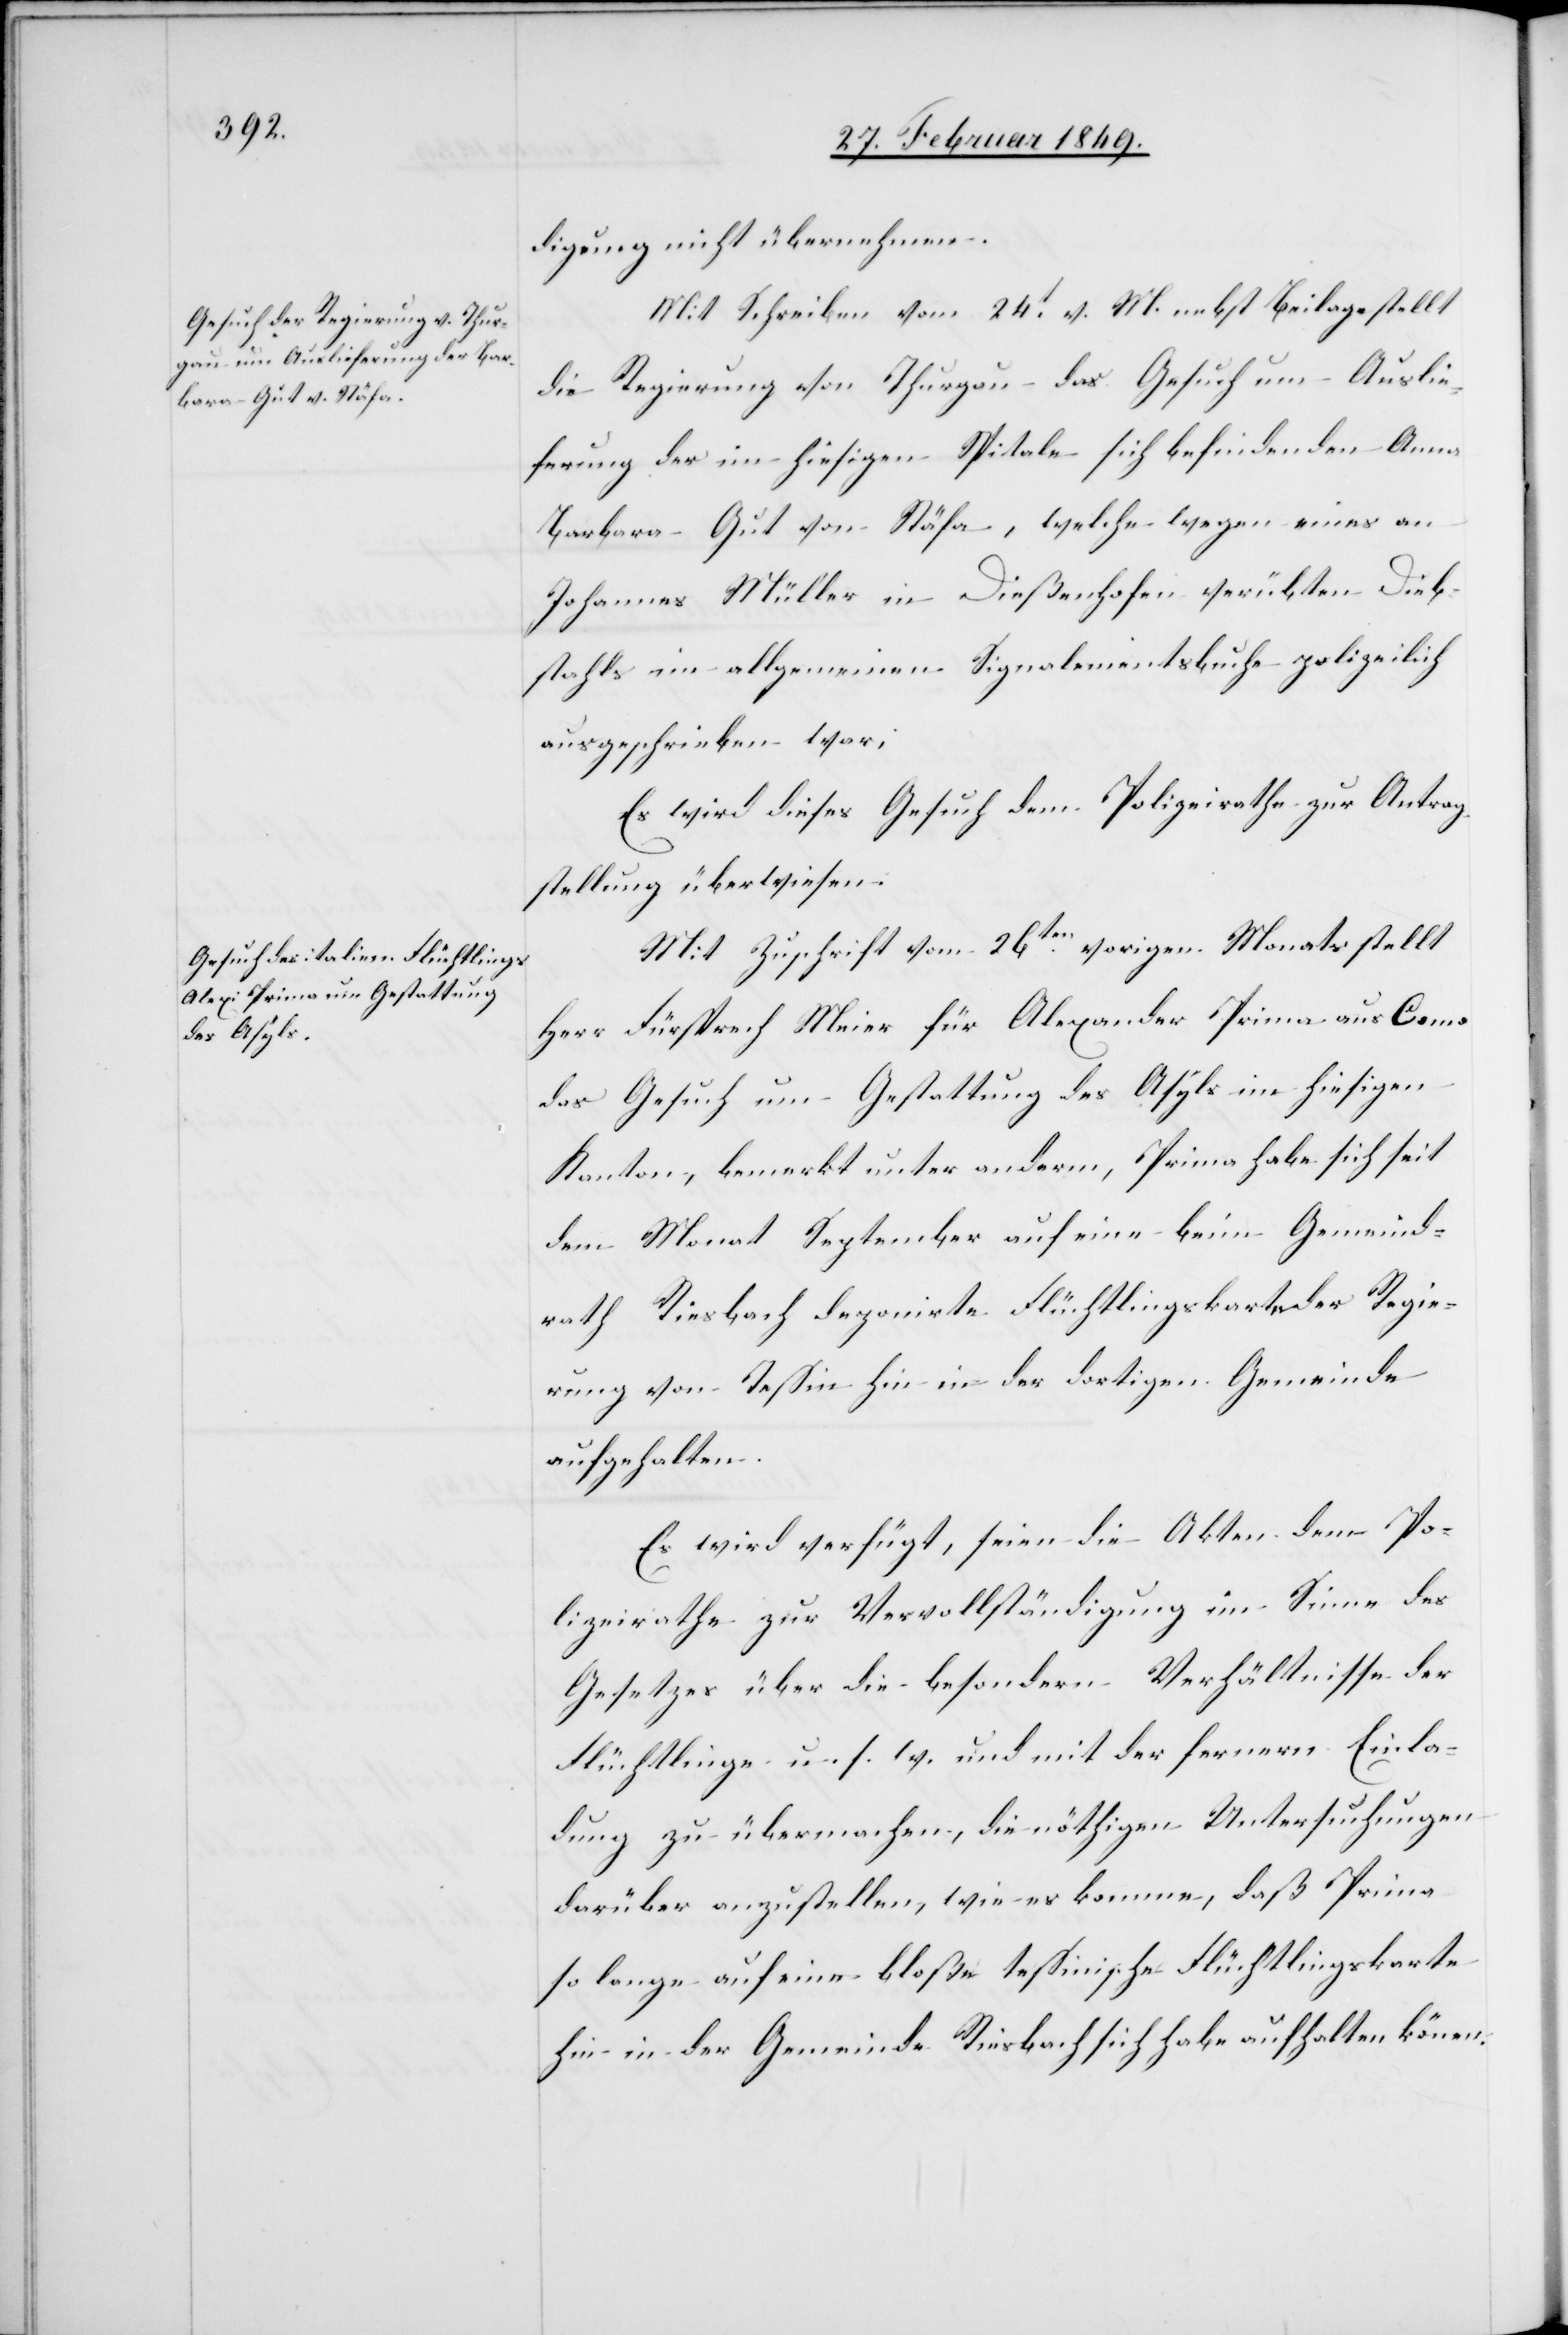
digung nicht übernehmen.
Mit Schreiben vom 24t. v. M. nebst Beilage stellt
die Regierung von Thurgau das Gesuch um Auslie¬
ferung der im hiesigen Spitale sich befindenden Anna
Barbara Gut von Stäfa, welche wegen eines an
Johannes Müller in Dießenhofen verübten Dieb¬
stahls im allgemeinen Signalementsbuche polizeilich
ausgeschrieben war;
Es wird dieses Gesuch dem Polizeirathe zur Antrag¬
stellung überwiesen.
Mit Zuschrift vom 26ten. vorigen Monats stellt
Herr Fürsprech Meier für Alexander Prima aus Como
das Gesuch um Gestattung des Asyls im hiesigen
Kanton, bemerkt unter anderm, Prima habe sich seit
dem Monat September auf eine beim Gemeind¬
rath Riesbach deponirte Flüchtlingskarte der Regie¬
rung von Tessin hin in der dortigen Gemeinde
aufgehalten.
Es wird verfügt, seien die Akten dem Po¬
lizeirathe zur Vervollständigung im Sinne des
Gesetzes über die besondern Verhältnisse der
Flüchtlinge u. s. w. und mit der fernern Einla¬
dung zu übermachen, die nöthigen Untersuchungen
darüber anzustellen, wie es komme, daß Prima
so lange auf eine bloße tessinische Flüchtlingskarte
hin in der Gemeinde Riesbach sich habe aufhalten könen.